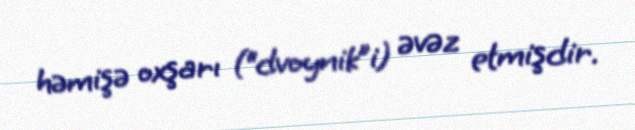
həmişə oxşarı (“dvoynik”i) əvəz etmişdir.